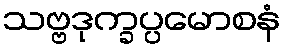
သဗ္ဗဒုက္ခပ္ပမောစနံ